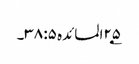
۲۵؂المائدہ ۵: ۳۸۔